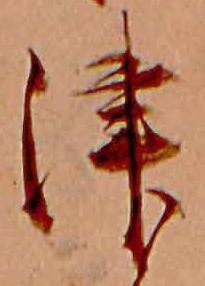
津